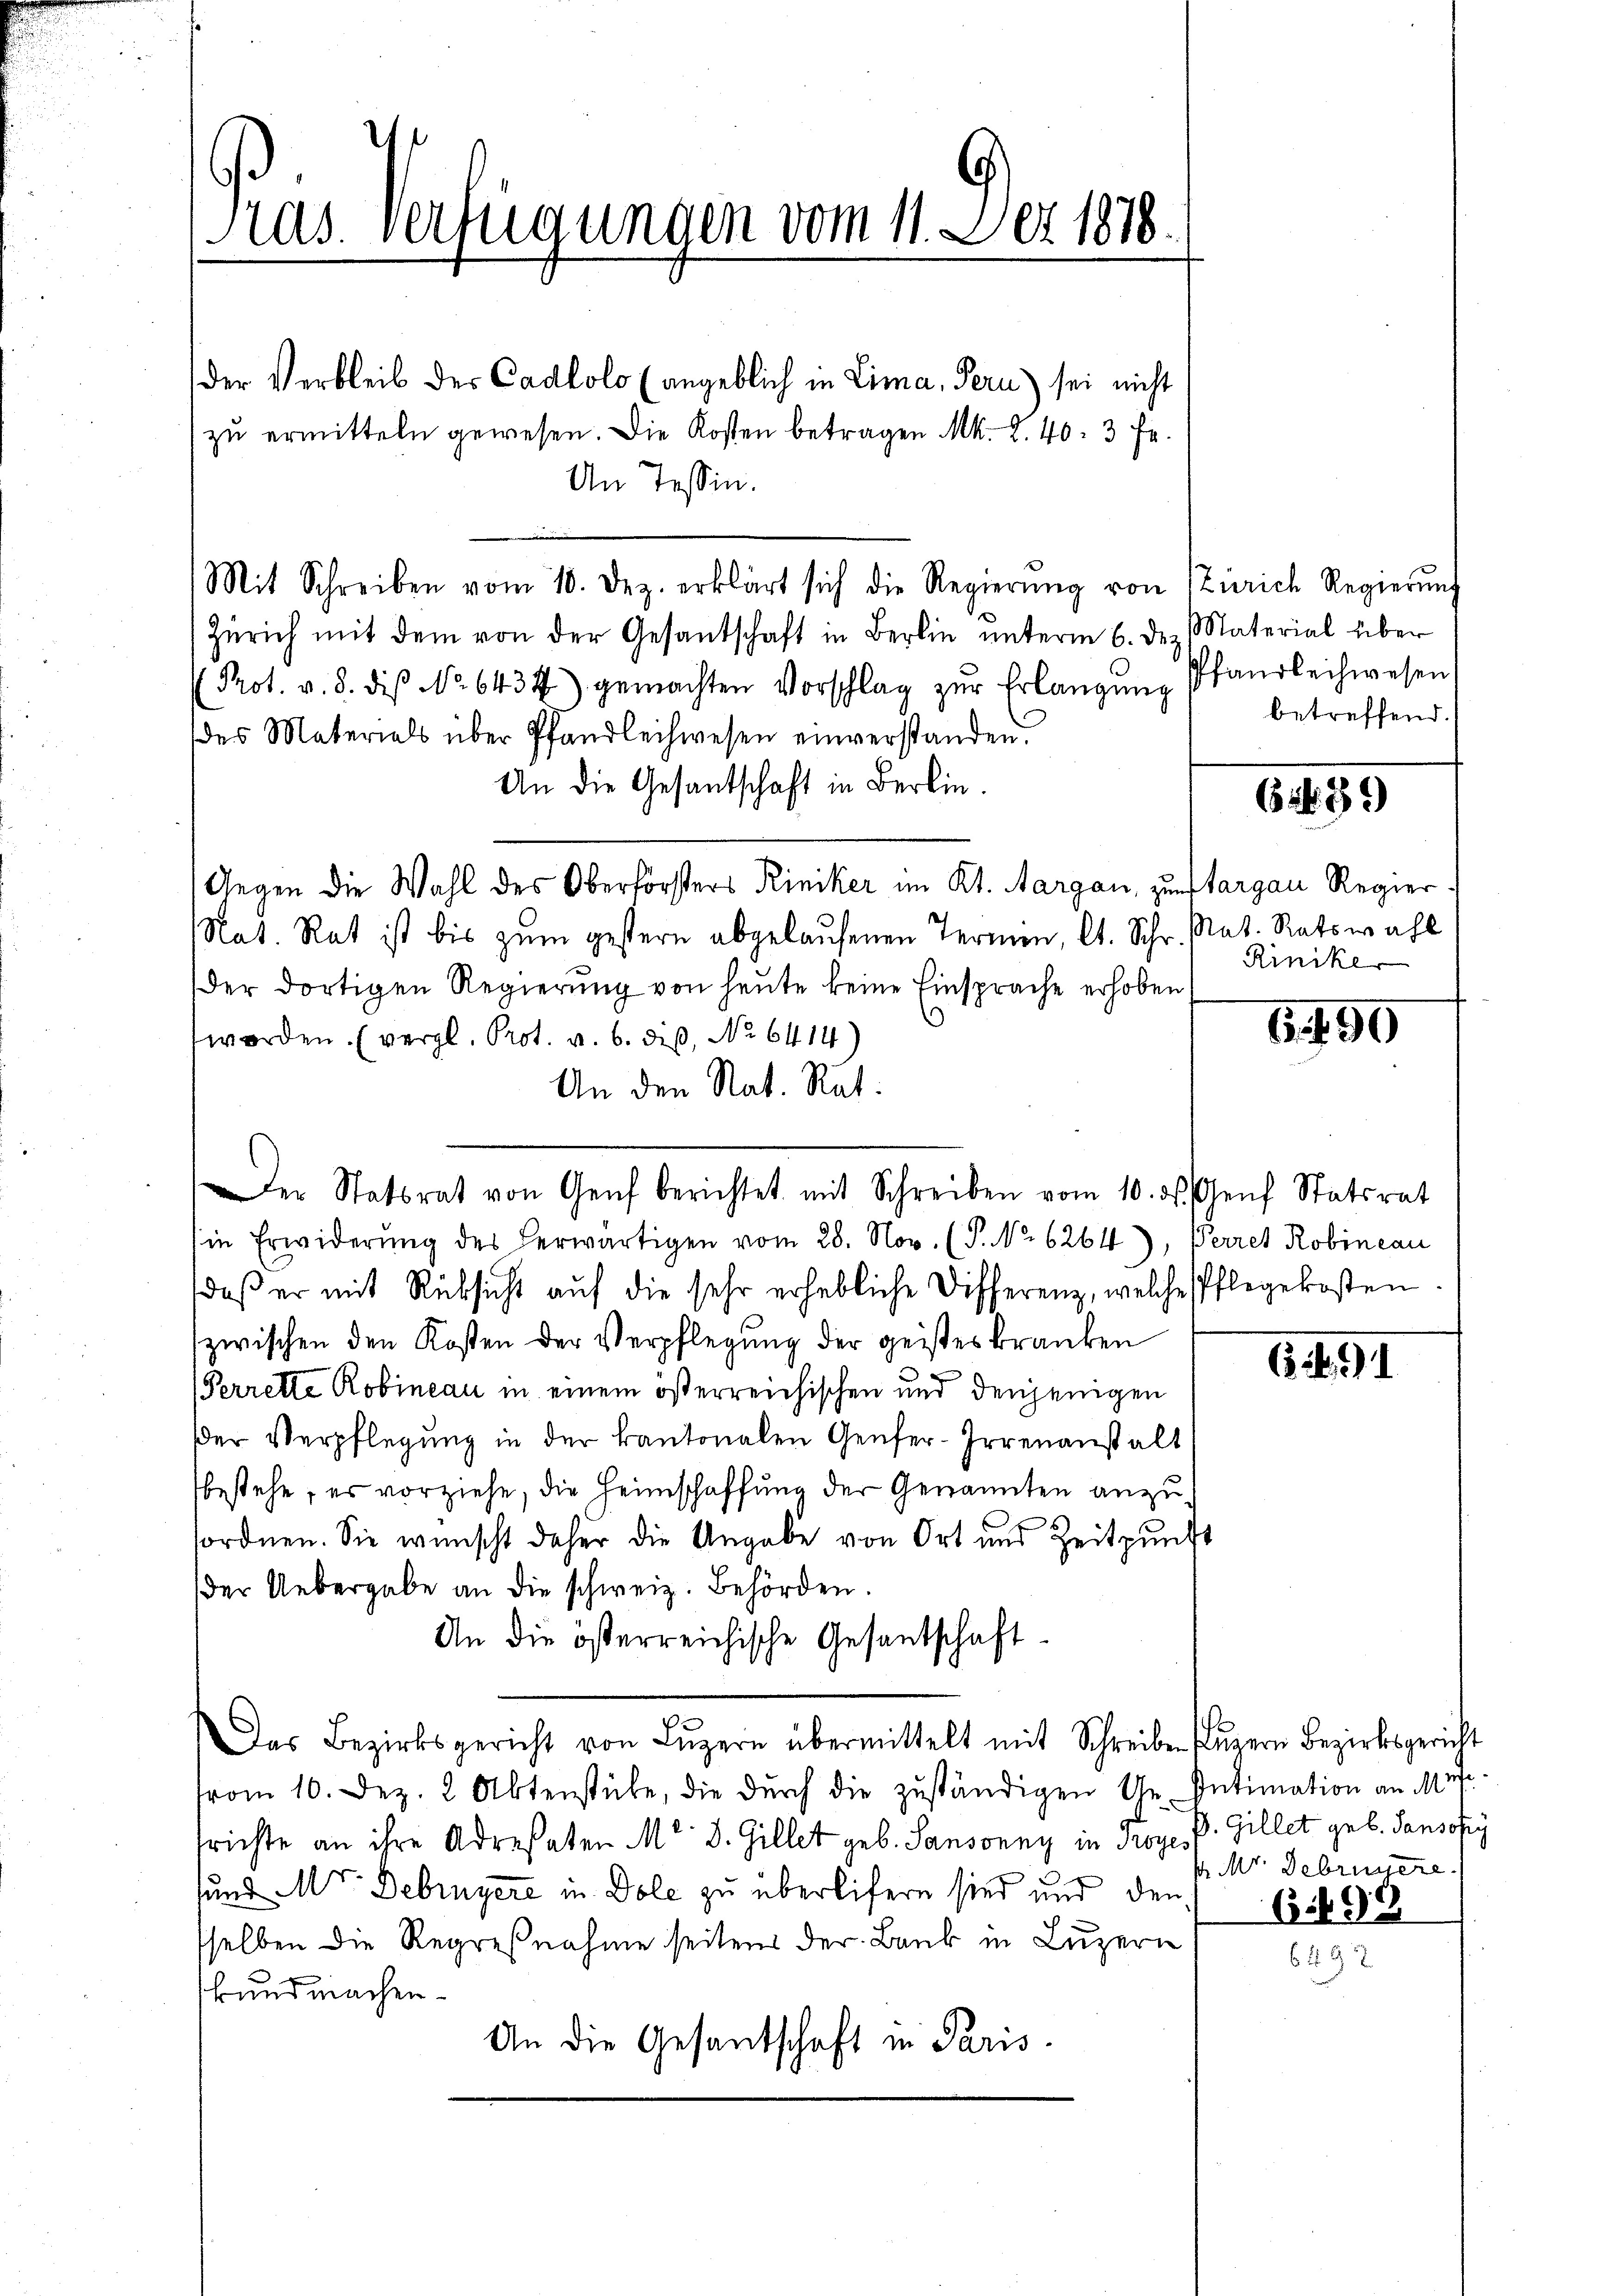
ds. verfügungen vom 11. Der 1878.

der Verbleib des Cadlolo (angeblich in Lima, Fern) sei nicht
zu ermitteln gewesen. Die Kosten betragen Mk. Z. 40: 3 Fr.
An Tessin.
Mit Schreiben vom 10. Dez. erklärt sich die Regierŭng von Zürich Regierŭng
Zürich mit dem von der Gesantschaft in Berlin ŭnterm 6. dez. Material über
Prot. v. 8. diβ No. 6434) gemachten Vorschlag zŭr Erlangung Pfandleihwesen
des Materials über Pfandleihwesen einverstanden.
An die Gesantschaft in Berlin.
Gegen die Wahl des Oberförsters Riniker im Kt. Aargau, zum Aargau Regier
Rat. Rat ist bis zum gestern abgelaufenen Termen, lt. Schr. Nat. Ratswahl
Der dortigen Regierung von heute keine Einsprache erhoben
worden. (vergl. Prot. v. 6. des No 6414)
An den Rat. Rat.
in Erwiderung des herwärtigen vom 28. Nov. (T. No 6264), Berret Robincau
daß er mit Rücksicht auf die sehr erhebliche Differenz, welche Pflegekosten
zwischen den Kosten der Verpflegung der geisteskranken
(Perrette Robineau in einem österreichischen und denjenigen
der Verpflegung in der kantonalen Genfer-Irrenanstalt
bestehe, es vorziehe, die Heimschaffung der Genannten anzusordnen. Sie wünscht daher die Angabe von Ort und Zeitpunkt
der Uebergabe an die schweiz. Behörden.
An die österreichische Gesantschaft.
Das Bezirksgericht von Lŭzern übermittelt mit Schreiben (Luzern Bezirksgericht
from 10. Dez. 2 Aktenstŭbe, die dŭrch die zuständigen Ge- Intimation an Mis
srichte an ihre Adresaten M. D. Gillet geb. Sansonny in Troge. P. Gillet geb. Pansosey
sund M. Debingere in Dole zu überliefern sind und den
sselben die Regreßnahme seitens der Bank in Luzern
kund machen.
An die Gesandschaft in Paris

Der Statsrat von Genf berichtet mit Schreiben vom 10. ds. Genf Statsrat

betreffend.

64439)

Rinike

6490

691

s Mr. Debrunnere.